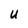
Character: U